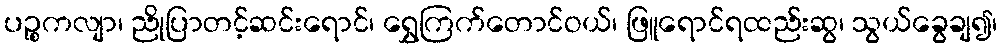
ပဉ္စကလျာ၊ ညိုပြာတင့်ဆင်းရောင်၊ ရွှေကြက်တောင်ဝယ်၊ ဖြူရောင်ရထည်းဆွ၊ သွယ်ခွေချ၍၊